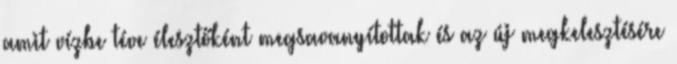
amit vízbe téve élesztőként megsavanyítottak és az új megkelesztésére